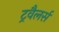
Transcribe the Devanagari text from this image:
ट्रवैलर्स